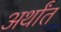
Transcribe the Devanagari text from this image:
अर्थांत